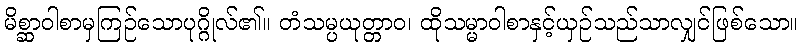
မိစ္ဆာဝါစာမှကြဉ်သောပုဂ္ဂိုလ်၏။ တံသမ္ပယုတ္တာဝ၊ ထိုသမ္မာဝါစာနှင့်ယှဉ်သည်သာလျှင်ဖြစ်သော။